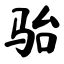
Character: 骀